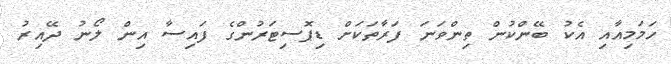
ހަމަމިއާއި އެކު ބޭންކުން ތިންވަނަ ފަރާތަކަށް ޑިޕޮސިޓަރުންގެ ފައިސާ އިން ލޯނު ދޭއިރު